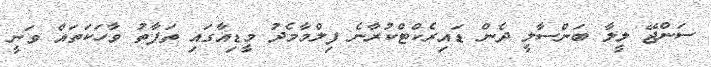
ސަންޖޭ ލީލާ ބަންސާލީ ދެން ޑައިރެކްޓްކުރާނެ ފިލްމާމެދު މީޑިއާގައި ތަފާތު ވާހަކަތައް ވަނީ